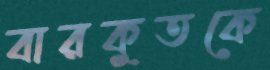
বারকুতকে